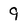
Character: 9